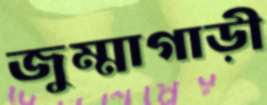
জুম্মাগাড়ী